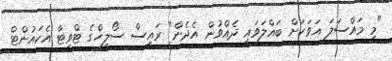
"މި މައްސަލަ އަވަހަށް ބައްލަވައި ދެއްވުން އެދެން" ރައީސް ސޯލިހްގެ ޓްވިޓާ އެކައުންޓް